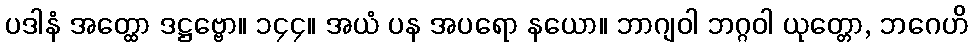
ပဒါနံ အတ္ထော ဒဋ္ဌဗ္ဗော။ ၁၄၄။ အယံ ပန အပရော နယော။ ဘာဂျဝါ ဘဂ္ဂဝါ ယုတ္တော, ဘဂေဟိ